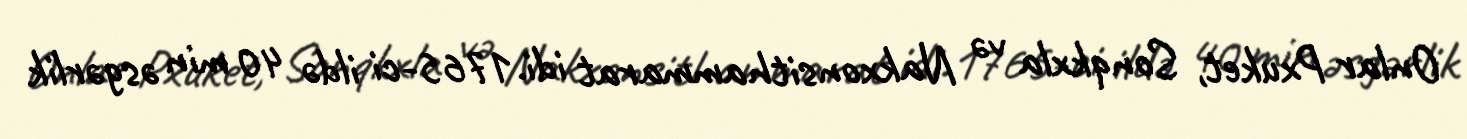
Onlar Pxuket, Sonqkxla və Nakxonsithammarat idi.1765-ci ildə 40 min əsgərlik